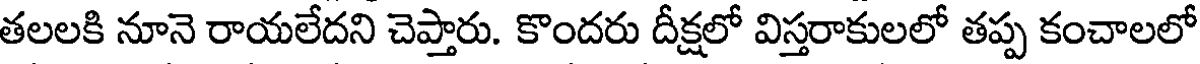
తలలకి నూనె రాయలేదని చెప్తారు. కొందరు దీక్షలో విస్తరాకులలో తప్ప కంచాలలో